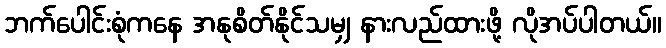
ဘက်ပေါင်းစုံကနေ အနုစိတ်နိုင်သမျှ နားလည်ထားဖို့ လိုအပ်ပါတယ်။